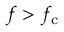
f > f _ { \mathrm { c } }